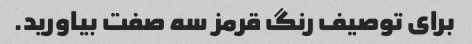
برای توصیف رنگ قرمز سه صفت بیاورید.